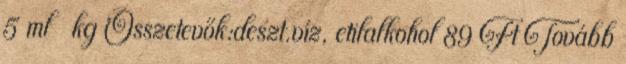
5 ml kg Összetevők:deszt.víz, etilalkohol 89 Ft Tovább